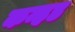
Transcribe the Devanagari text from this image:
कन्हड